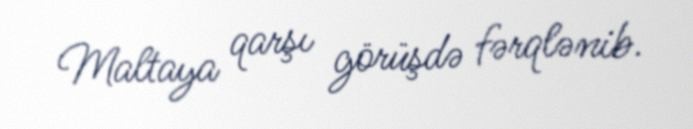
Maltaya qarşı görüşdə fərqlənib.